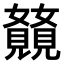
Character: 𫌥